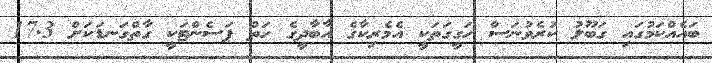
ބައެއްކަމުގައި ގަބޫލު ކުރެވުނަސް ހަގީގަތަކީ އެމެރިކާގެ އާބާދީގެ ހަތް ޕަސެންޓަކީ ގާތްގަނޑަކަށް 17.3